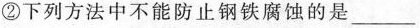
②下列方法中不能防止钢铁腐蚀的是___